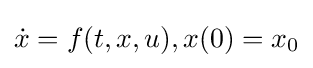
{\dot {x}}=f(t,x,u),x(0)=x_{0}